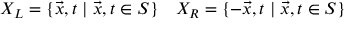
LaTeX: X _ { L } = \{ \vec { x } , t \; | \; \vec { x } , t \in S \} ~ ~ ~ X _ { R } = \{ - \vec { x } , t \; | \; \vec { x } , t \in S \}